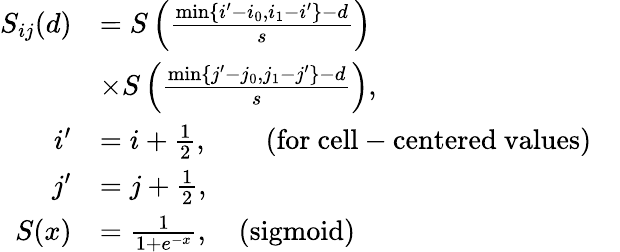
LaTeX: \begin{array}{rlr}{S_{ij}(d)}&{=S\left(\frac{\operatorname*{min}\{ i^{\prime}-i_{0},i_{1}-i^{\prime}\} -d}{s}\right)}\\ &{\times S\left(\frac{\operatorname*{min}\{ j^{\prime}-j_{0},j_{1}-j^{\prime}\} -d}{s}\right),}\\ {i^{\prime}}&{=i+\frac{1}{2},\quad\quad\mathrm{(for~cell-centered~values)}}\\ {j^{\prime}}&{=j+\frac{1}{2},}&\\ {S(x)}&{=\frac{1}{1+e^{-x}},\quad\mathrm{(sigmoid)}}\end{array}